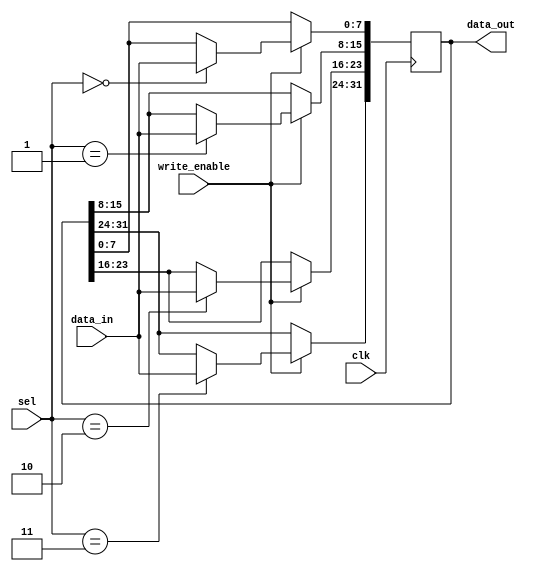
module data_in_decoder(
    input clk,				//Clock
    input write_enable,			//SRAM Write Enable signal
    input [7:0] data_in,		//Memory byte input
    input [1:0] sel,			//Select Byte from Word
    output reg [31:0] data_out		//SRAM input
);

    always @(posedge clk) begin
        if(write_enable) begin
            case (sel)
                2'b00: data_out[7:0] <= data_in;
                2'b01: data_out[15:8] <= data_in;
                2'b10: data_out[23:16] <= data_in;
                2'b11: data_out[31:24] <= data_in;
            endcase
        end
    end

endmodule